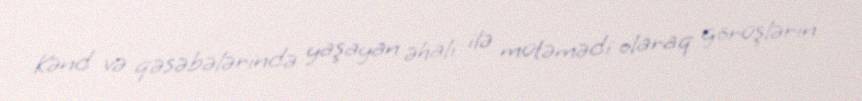
Kənd və qəsəbələrində yaşayan əhali ilə mütəmədi olaraq görüşlərin